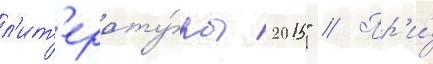
л'ит'ерату́ры 2015" // Пр'и́